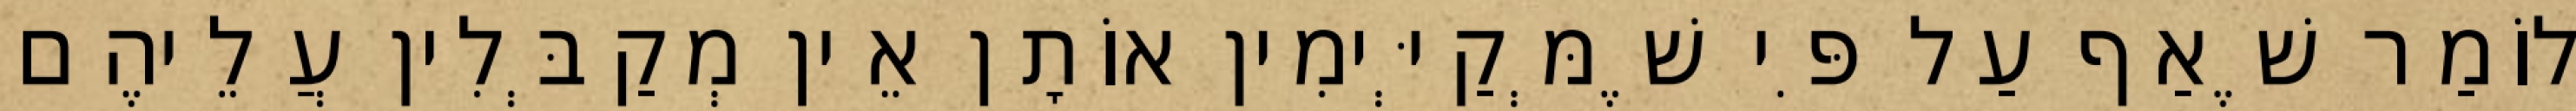
לוֹמַר שֶׁאַף עַל פִּי שֶׁמְּקַיְּימִין אוֹתָן אֵין מְקַבְּלִין עֲלֵיהֶם